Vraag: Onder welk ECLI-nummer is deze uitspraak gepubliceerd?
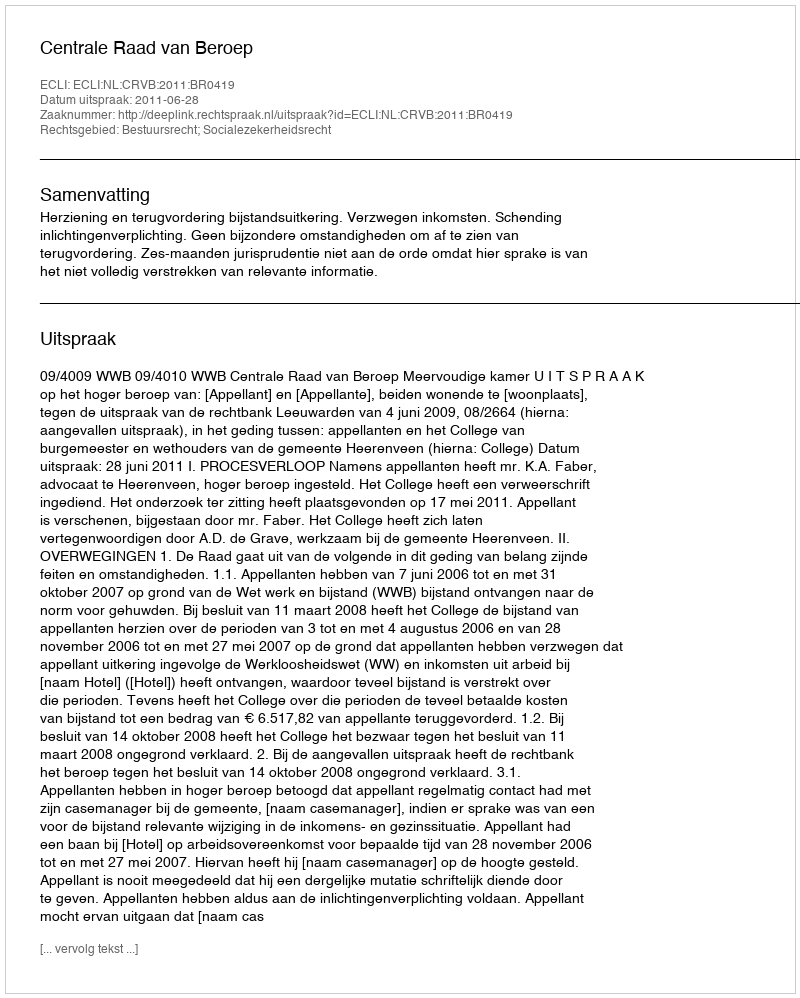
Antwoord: ECLI:NL:CRVB:2011:BR0419